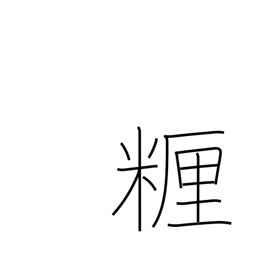
Meaning: centimeter